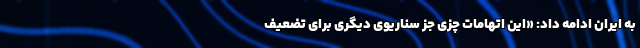
به ایران ادامه داد: «این اتهامات چزی جز سناریوی دیگری برای تضعیف